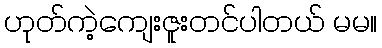
ဟုတ်ကဲ့ကျေးဇူးတင်ပါတယ် မမ။